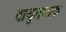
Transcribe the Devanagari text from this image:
वायुतप्तक